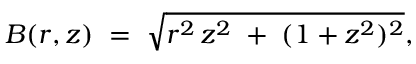
B ( r , z ) \; = \; \sqrt { r ^ { 2 } \, z ^ { 2 } \; + \; ( 1 + z ^ { 2 } ) ^ { 2 } } ,